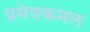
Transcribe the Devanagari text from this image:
प्रमेयकमल